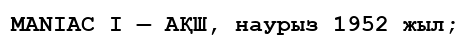
MANIAC I — АҚШ, наурыз 1952 жыл;